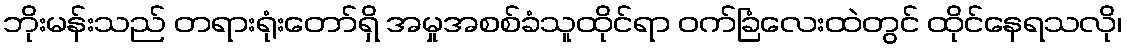
ဘိုးမန်းသည် တရားရုံးတော်ရှိ အမှုအစစ်ခံသူထိုင်ရာ ဝက်ခြံလေးထဲတွင် ထိုင်နေရသလို၊